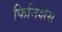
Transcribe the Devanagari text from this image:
फिनिशेस